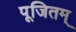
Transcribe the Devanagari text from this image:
पूजितम्